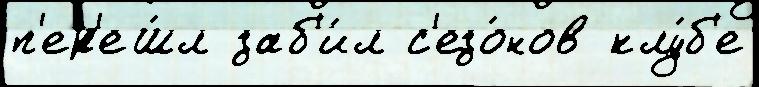
п'ер'еш́л заб'и́л с'езо́нов клу́б'е